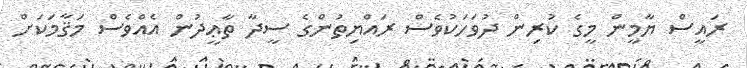
ރައީސް ޔާމީން މީގެ ކުރިން ދުވަހަކުވެސް ރައްޔިތުންގެ ސީދާ ތާޢީދުން އެއްވެސް މަޤާމަކަށް